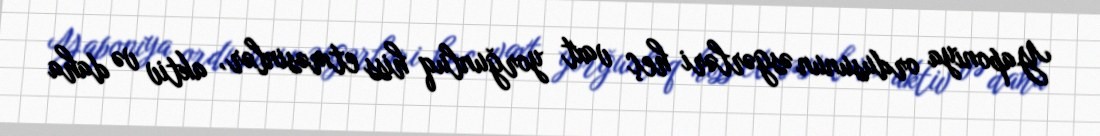
Yaponiya ordusunun əsgərləri heç vaxt yorğunluq hiss etməsinlər, aktiv və daha